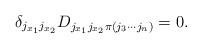
LaTeX: \begin{align*} \delta_{j_{x_1} j_{x_2}}D_{j_{x_1} j_{x_2} \pi(j_3 \cdots j_{n})} = 0.\end{align*}